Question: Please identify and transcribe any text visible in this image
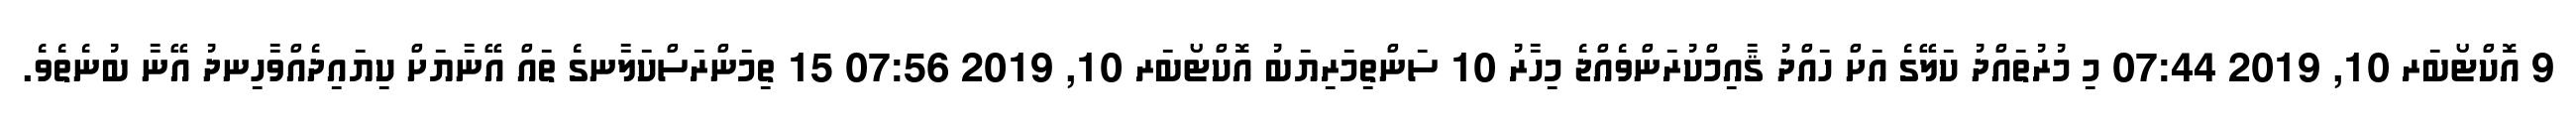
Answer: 9 އޮކްޓޯބަރ 10, 2019 07:44 މި މުރުތައްދު ކަލޭގެ އަށް ހައްދު ޤާއިމްކުރަންވެއްޖެ މިހާރު 10 ސަންތިމަރިޔަބު އޮކްޓޯބަރ 10, 2019 07:56 15 ތިމަންރަސްކަލާނގެ ތައް އޭނާޔަށް ކިޔައިދެއްވާހިނދު އޭނާ ބުނެތެވެ.